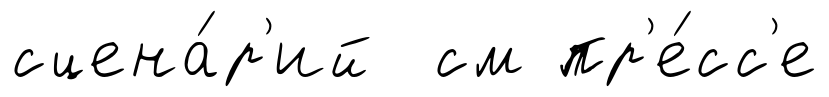
сцена́р'ий см пр'е́сс'е